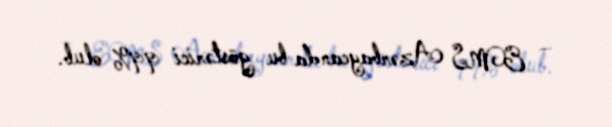
– EMS Azərbaycanda bu göstərici 99% olub.